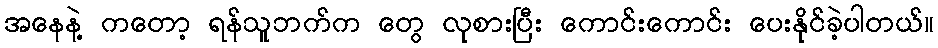
အနေနဲ့ ကတော့ ရန်သူဘက်က တွေ လုစားပြီး ကောင်းကောင်း ပေးနိုင်ခဲ့ပါတယ်။